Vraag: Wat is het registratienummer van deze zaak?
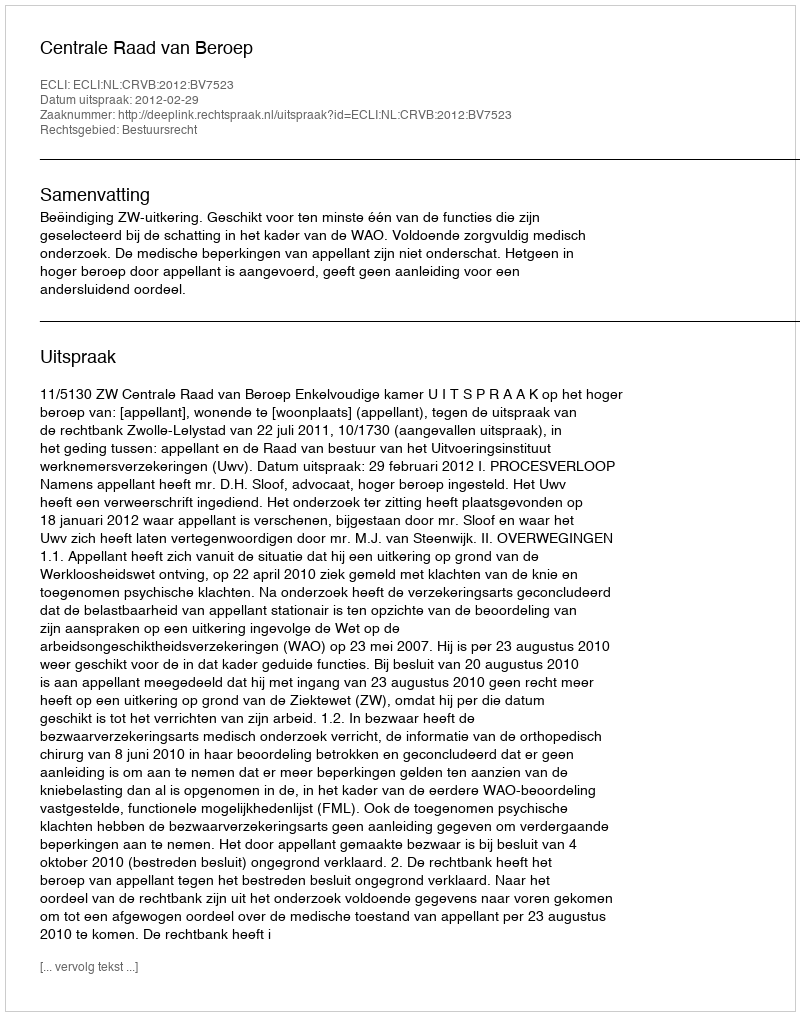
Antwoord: http://deeplink.rechtspraak.nl/uitspraak?id=ECLI:NL:CRVB:2012:BV7523